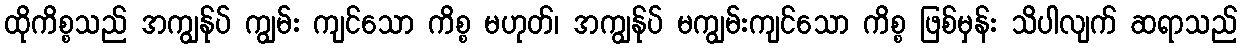
ထိုကိစ္စသည် အကျွန်ုပ် ကျွမ်း ကျင်သော ကိစ္စ မဟုတ်၊ အကျွန်ုပ် မကျွမ်းကျင်သော ကိစ္စ ဖြစ်မှန်း သိပါလျက် ဆရာသည်